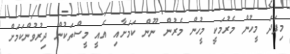
މިފަދަ މީހުން މެރުމަކީ މީހުން މެރުން ނޫން ކަމަށާއި އެއީ މީސްތަކުން ދިރުވުންކަމަށް